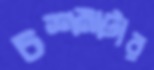
চশমাটার